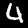
Label: 4